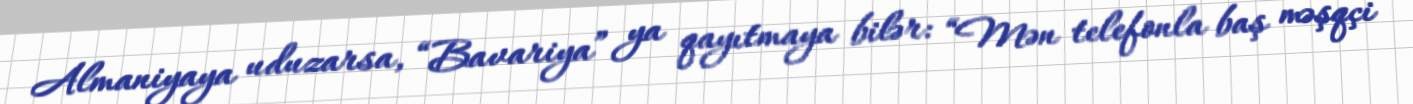
Almaniyaya uduzarsa, “Bavariya” ya qayıtmaya bilər: “Mən telefonla baş məşqçi